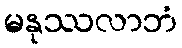
မနုဿလာဘံ